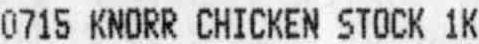
0715 KNORR CHICKEN STOCK 1K